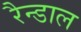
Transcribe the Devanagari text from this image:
रैन्डाल